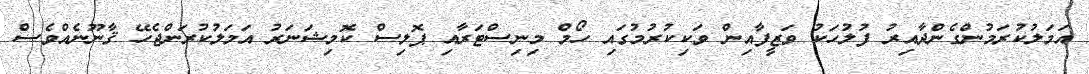
އަމަލުކުރަމުންގެންދާއިރު ފުލުހަކު ވަޒީފާއިން ވަކިކުރުމުގައި ހޯމް މިނިސްޓަރާއި ޕޮލިސް ކޮމިޝަނަރު އަމަލުކުރަންޖެހޭ ޤާނޫނެއްވެސް